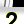
Digit: 2